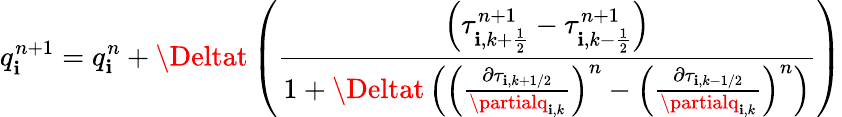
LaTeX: q_{\mathbf{i}}^{n+1}=q_{\mathbf{i}}^{n}+\Deltat\left(\frac{{\left(\tau_{\mathbf{i},k+\frac{{1}}{{2}}}^{n+1}-\tau_{\mathbf{i},k-\frac{{1}}{{2}}}^{n+1}\right)}}{{1+\Deltat\left(\left(\frac{{\partial\tau_{\mathbf{i},k+1/2}}}{{\partialq_{\mathbf{i},k}}}\right)^{n}-\left(\frac{{\partial\tau_{\mathbf{i},k-1/2}}}{{\partialq_{\mathbf{i},k}}}\right)^{n}\right)}}\right)